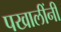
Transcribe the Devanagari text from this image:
पखालींनी